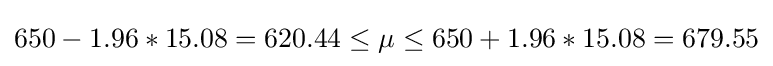
650-1.96*15.08=620.44\leq \mu \leq 650+1.96*15.08=679.55